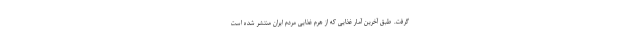
گرفت. طبق آخرین آمار غذایی که از هرم غذایی مردم ایران منتشر شده است